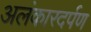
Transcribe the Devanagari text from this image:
अलंकारदर्पण